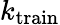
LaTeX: k_{\mathrm{train}}